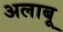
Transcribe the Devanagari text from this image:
अलाबू